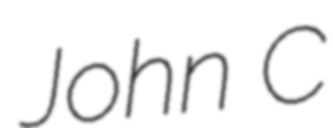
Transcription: John C